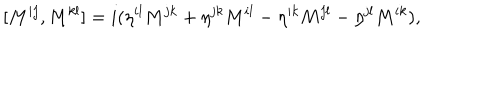
LaTeX: [ M ^ { i j } , M ^ { k l } ] = i ( \eta ^ { i l } M ^ { j k } + \eta ^ { j k } M ^ { i l } - \eta ^ { i k } M ^ { j l } - \eta ^ { j l } M ^ { i k } ) ,